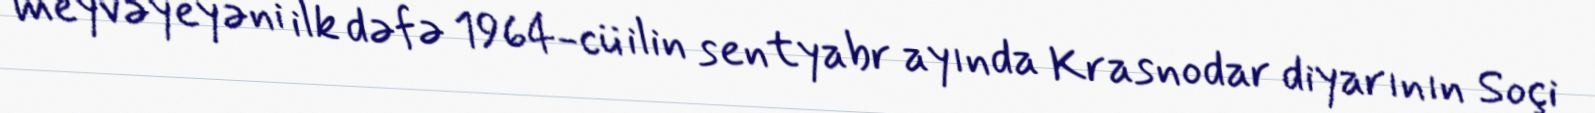
meyvəyeyəni ilk dəfə 1964-cü ilin sentyabr ayında Krasnodar diyarının Soçi